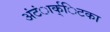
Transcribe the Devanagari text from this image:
अंंटंार्क्िटका